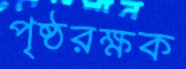
পৃষ্ঠরক্ষক